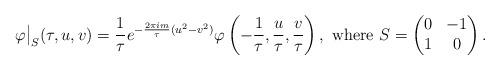
LaTeX: \begin{align*} \varphi \big{|}_S (\tau, u, v) = \frac{1}{\tau} e^{-\frac{2 \pi i m}{\tau} (u^2 - v^2)} \varphi \left( -\frac{1}{\tau}, \frac{u}{\tau}, \frac{v}{\tau}\right), \mbox{ where } S = \left( \begin{matrix}0 & -1 \\1 & 0 \\\end{matrix}\right). \end{align*}